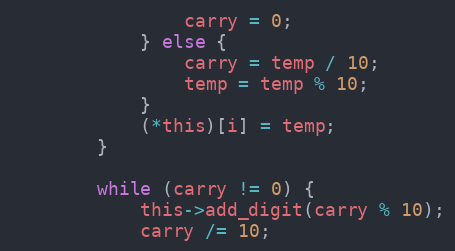
Language: C
                carry = 0;
            } else {
                carry = temp / 10;
                temp = temp % 10;
            }
            (*this)[i] = temp;
        }

        while (carry != 0) {
            this->add_digit(carry % 10);
            carry /= 10;